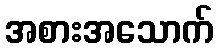
အစားအသောက်